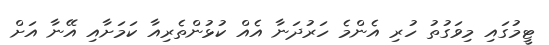
ޓީމުގައި މިވަގުތު ހުރި އެންމެ ހަރުދަނާ އެއް ކުޅުންތެރިއާ ކަމަށާއި އޭނާ އަށް